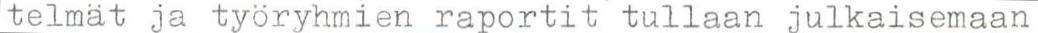
telmät ja työryhmien raportit tullaan julkaisemaan